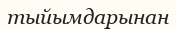
тыйымдарынан